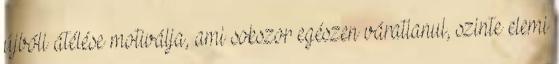
újbóli átélése motiválja, ami sokszor egészen váratlanul, szinte elemi